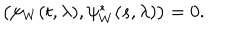
\left( \psi _ { W } ( t , \lambda ) , \psi _ { W } ^ { * } ( s , \lambda ) \right) = 0 .